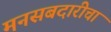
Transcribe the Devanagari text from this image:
मनसबदारीचा